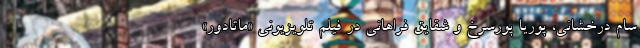
سام درخشانی، پوریا پورسرخ و شقایق فراهانی در فیلم تلویزیونی «ماتادور»